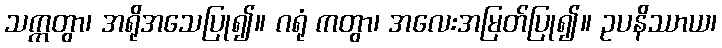
သက္ကတွာ၊ အရိုအသေပြု၍။ ဂရုံ ကတွာ၊ အလေးအမြတ်ပြု၍။ ဥပနိဿာယ၊